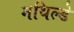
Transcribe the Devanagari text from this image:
मथिल्डे